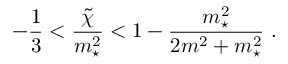
- { \frac { 1 } { 3 } } < { \frac { \tilde { \chi } } { m _ { \star } ^ { 2 } } } < 1 - { \frac { m _ { \star } ^ { 2 } } { 2 m ^ { 2 } + m _ { \star } ^ { 2 } } } \ .